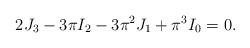
LaTeX: \begin{align*} 2J_3-3\pi I_2-3\pi^2J_1+\pi^3I_0=0. \end{align*}